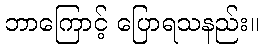
ဘာကြောင့် ပြောရသနည်း။